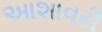
આશાવરી